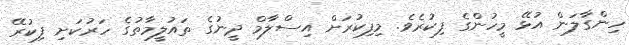
ހިންގާލަން އުޅޭ މީހުންގެ ފިކުރެވެ. މިފިކުރަށް އިސްލާމް ދީނުގެ ތައުލީމާތުގެ ހަރުކަށި ފިކުރޭ